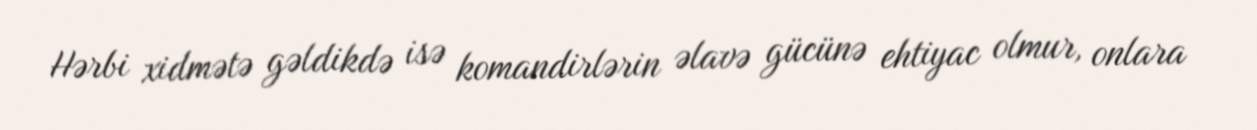
Hərbi xidmətə gəldikdə isə komandirlərin əlavə gücünə ehtiyac olmur, onlara